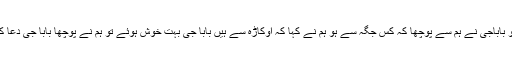
عبدالمجید حفظہ اللہ بیان کرتے ہیں کہ ایک دن ہم چند ساتھی بابا جی کو چھت پر لے کر گئے تو باباجی نے ہم سے پوچھا کہ کس جگہ سے ہو ہم نے کہا کہ اوکاڑہ سے ہیں بابا جی بہت خوش ہوئے تو ہم نے پوچھا بابا جی دعا کیسے کرنی چاہئے تو بابا جی نے فرمایا بیٹا:ہمیشہ اللہ تعالی کے ناموں سے دعا کرنی چاہئے ۔